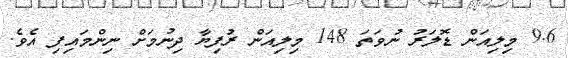
9.6 މިލިއަން ޑޮލަރު ނުވަތަ 148 މިލިއަން ރުފިޔާ ދިނުމަށް ނިންމައިފި އެވެ.